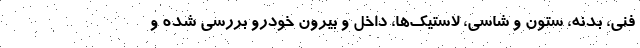
فنی، بدنه، ستون و شاسی، لاستیک‌ها، داخل و بیرون خودرو بررسی شده و